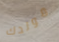
مولدك